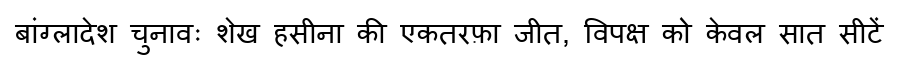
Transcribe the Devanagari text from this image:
बांग्लादेश चुनावः शेख हसीना की एकतरफ़ा जीत, विपक्ष को केवल सात सीटें